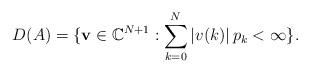
LaTeX: \begin{align*}D(A)=\lbrace {\bf v} \in \mathbb{C}^{N+1} : \sum_{k=0}^{N} \left| v(k) \right| p_k < \infty \rbrace.\end{align*}